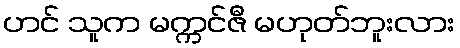
ဟင် သူက မက္ကင်ဇီ မဟုတ်ဘူးလား